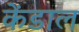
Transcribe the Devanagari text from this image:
केंडाल